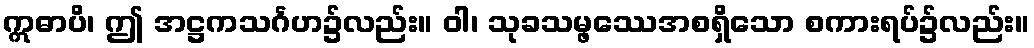
ဣဓာပိ၊ ဤ အဋ္ဌကသင်္ဂဟ၌လည်း။ ဝါ၊ သုခသမ္ဖဿေအစရှိသော စကားရပ်၌လည်း။